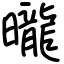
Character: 曨